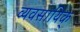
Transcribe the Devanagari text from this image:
व्यवसायिक्